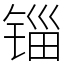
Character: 锱